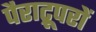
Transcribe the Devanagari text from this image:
पैराट्रूपरों